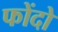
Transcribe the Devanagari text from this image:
फोंदो